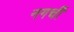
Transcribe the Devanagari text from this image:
नगर्ची